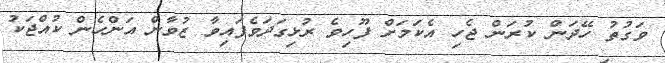
ވަގުތު ހޭދަން ކުރަން ޖެހި އެކަމަށް ފޫހިވެ ރުޅިގަދަވެފައިވާ ޒުވާން އަންހެން ކުއްޖަކު